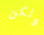
ولكن